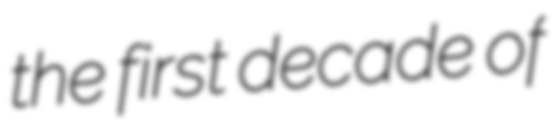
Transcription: the first decade of